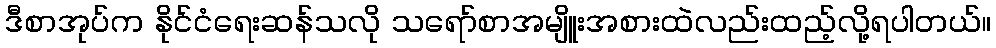
ဒီစာအုပ်က နိုင်ငံရေးဆန်သလို သရော်စာအမျိူးအစားထဲလည်းထည့်လို့ရပါတယ်။